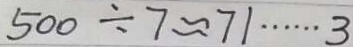
5 0 0 \div 7 \approx 7 1 \cdots 3